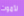
لأموت